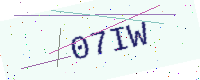
Text: 07IW